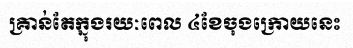
គ្រាន់តែក្នុងរយៈពេល ៤ខែចុងក្រោយនេះ